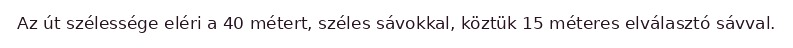
Az út szélessége eléri a 40 métert, széles sávokkal, köztük 15 méteres elválasztó sávval.